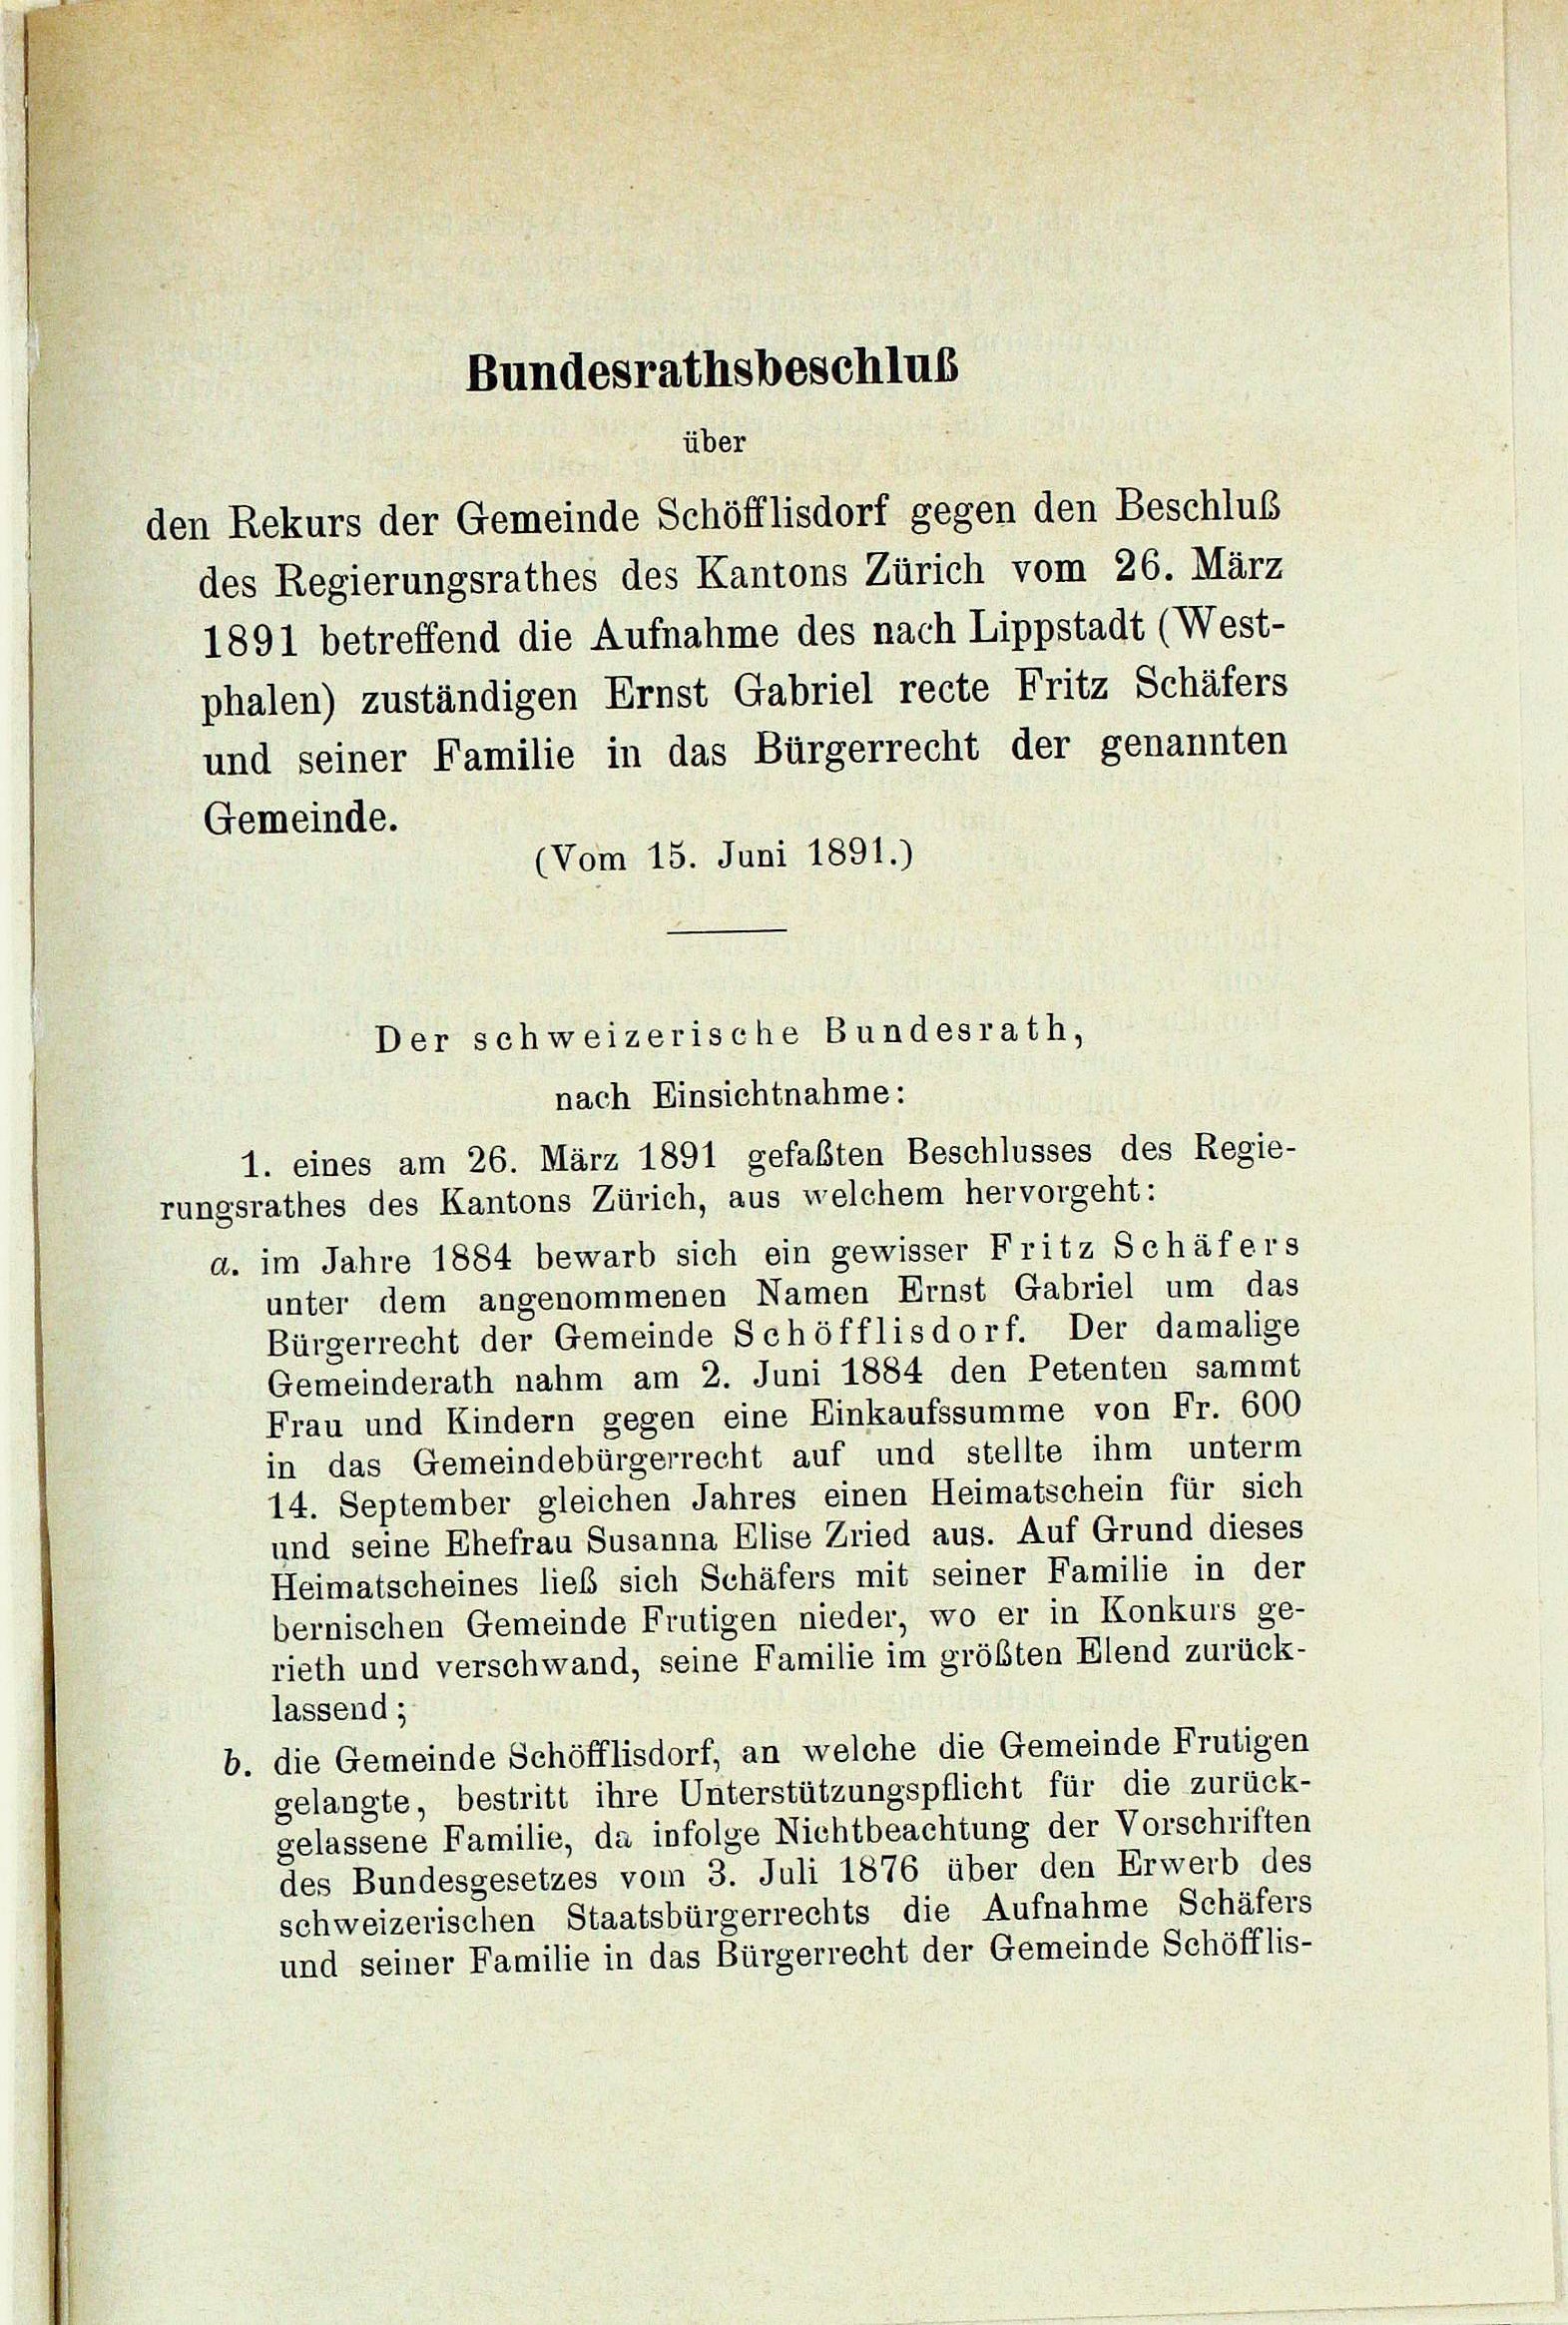
Bundesrathsbeschlus
über
den Rekurs der Gemeinde Schöfflisdorf gegen den Beschluß

des Regierungsrathes des Kantons Zürich vom 26. März
1891 betreffend die Aufnahme des nach Lippstadt (West-
phalen) zuständigen Ernst Gabriel recte Fritz Schäfers
und seiner Familie in das Bürgerrecht der genannten
Gemeinde.
(Vom 15. Juni 1891.)

Der schweizerische Bundesrath,
nach Einsichtnahme:

1. eines am 26. März 1891 gefaßten Beschlusses des Regie-
rungsrathes des Kantons Zürich, aus welchem hervorgeht:
d. im Jahre 1884 bewarb sich ein gewisser Fritz Schäfers
unter dem angenommenen Namen Ernst Gabriel um das
Bürgerrecht der Gemeinde Schöfflisdorf. Der damalige
Gemeinderath nahm am 2. Juni 1884 den Petenten sammt
Frau und Kindern gegen eine Einkaufssumme von Fr. 600
in das Gemeindebürgerrecht auf und stellte ihm unterm
14. September gleichen Jahres einen Heimatschein für sich
und seine Ehefrau Susanna Elise Zried aus. Auf Grund dieses
Heimatscheines ließ sich Schäfers mit seiner Familie in der
bernischen Gemeinde Frutigen nieder, wo er in Konkurs ge-
rieth und verschwand, seine Familie im größten Elend zurück-
lassend;
b. die Gemeinde Schöfflisdorf, an welche die Gemeinde Frutigen
gelangte, bestritt ihre Unterstützungspflicht für die zurück-
gelassene Familie, da infolge Nichtbeachtung der Vorschrifter
des Bundesgesetzes vom 3. Juli 1876 über den Erwerb des
schweizerischen Staatsbürgerrechts die Aufnahme Schäfer-
und seiner Familie in das Bürgerrecht der Gemeinde Schöfflis-